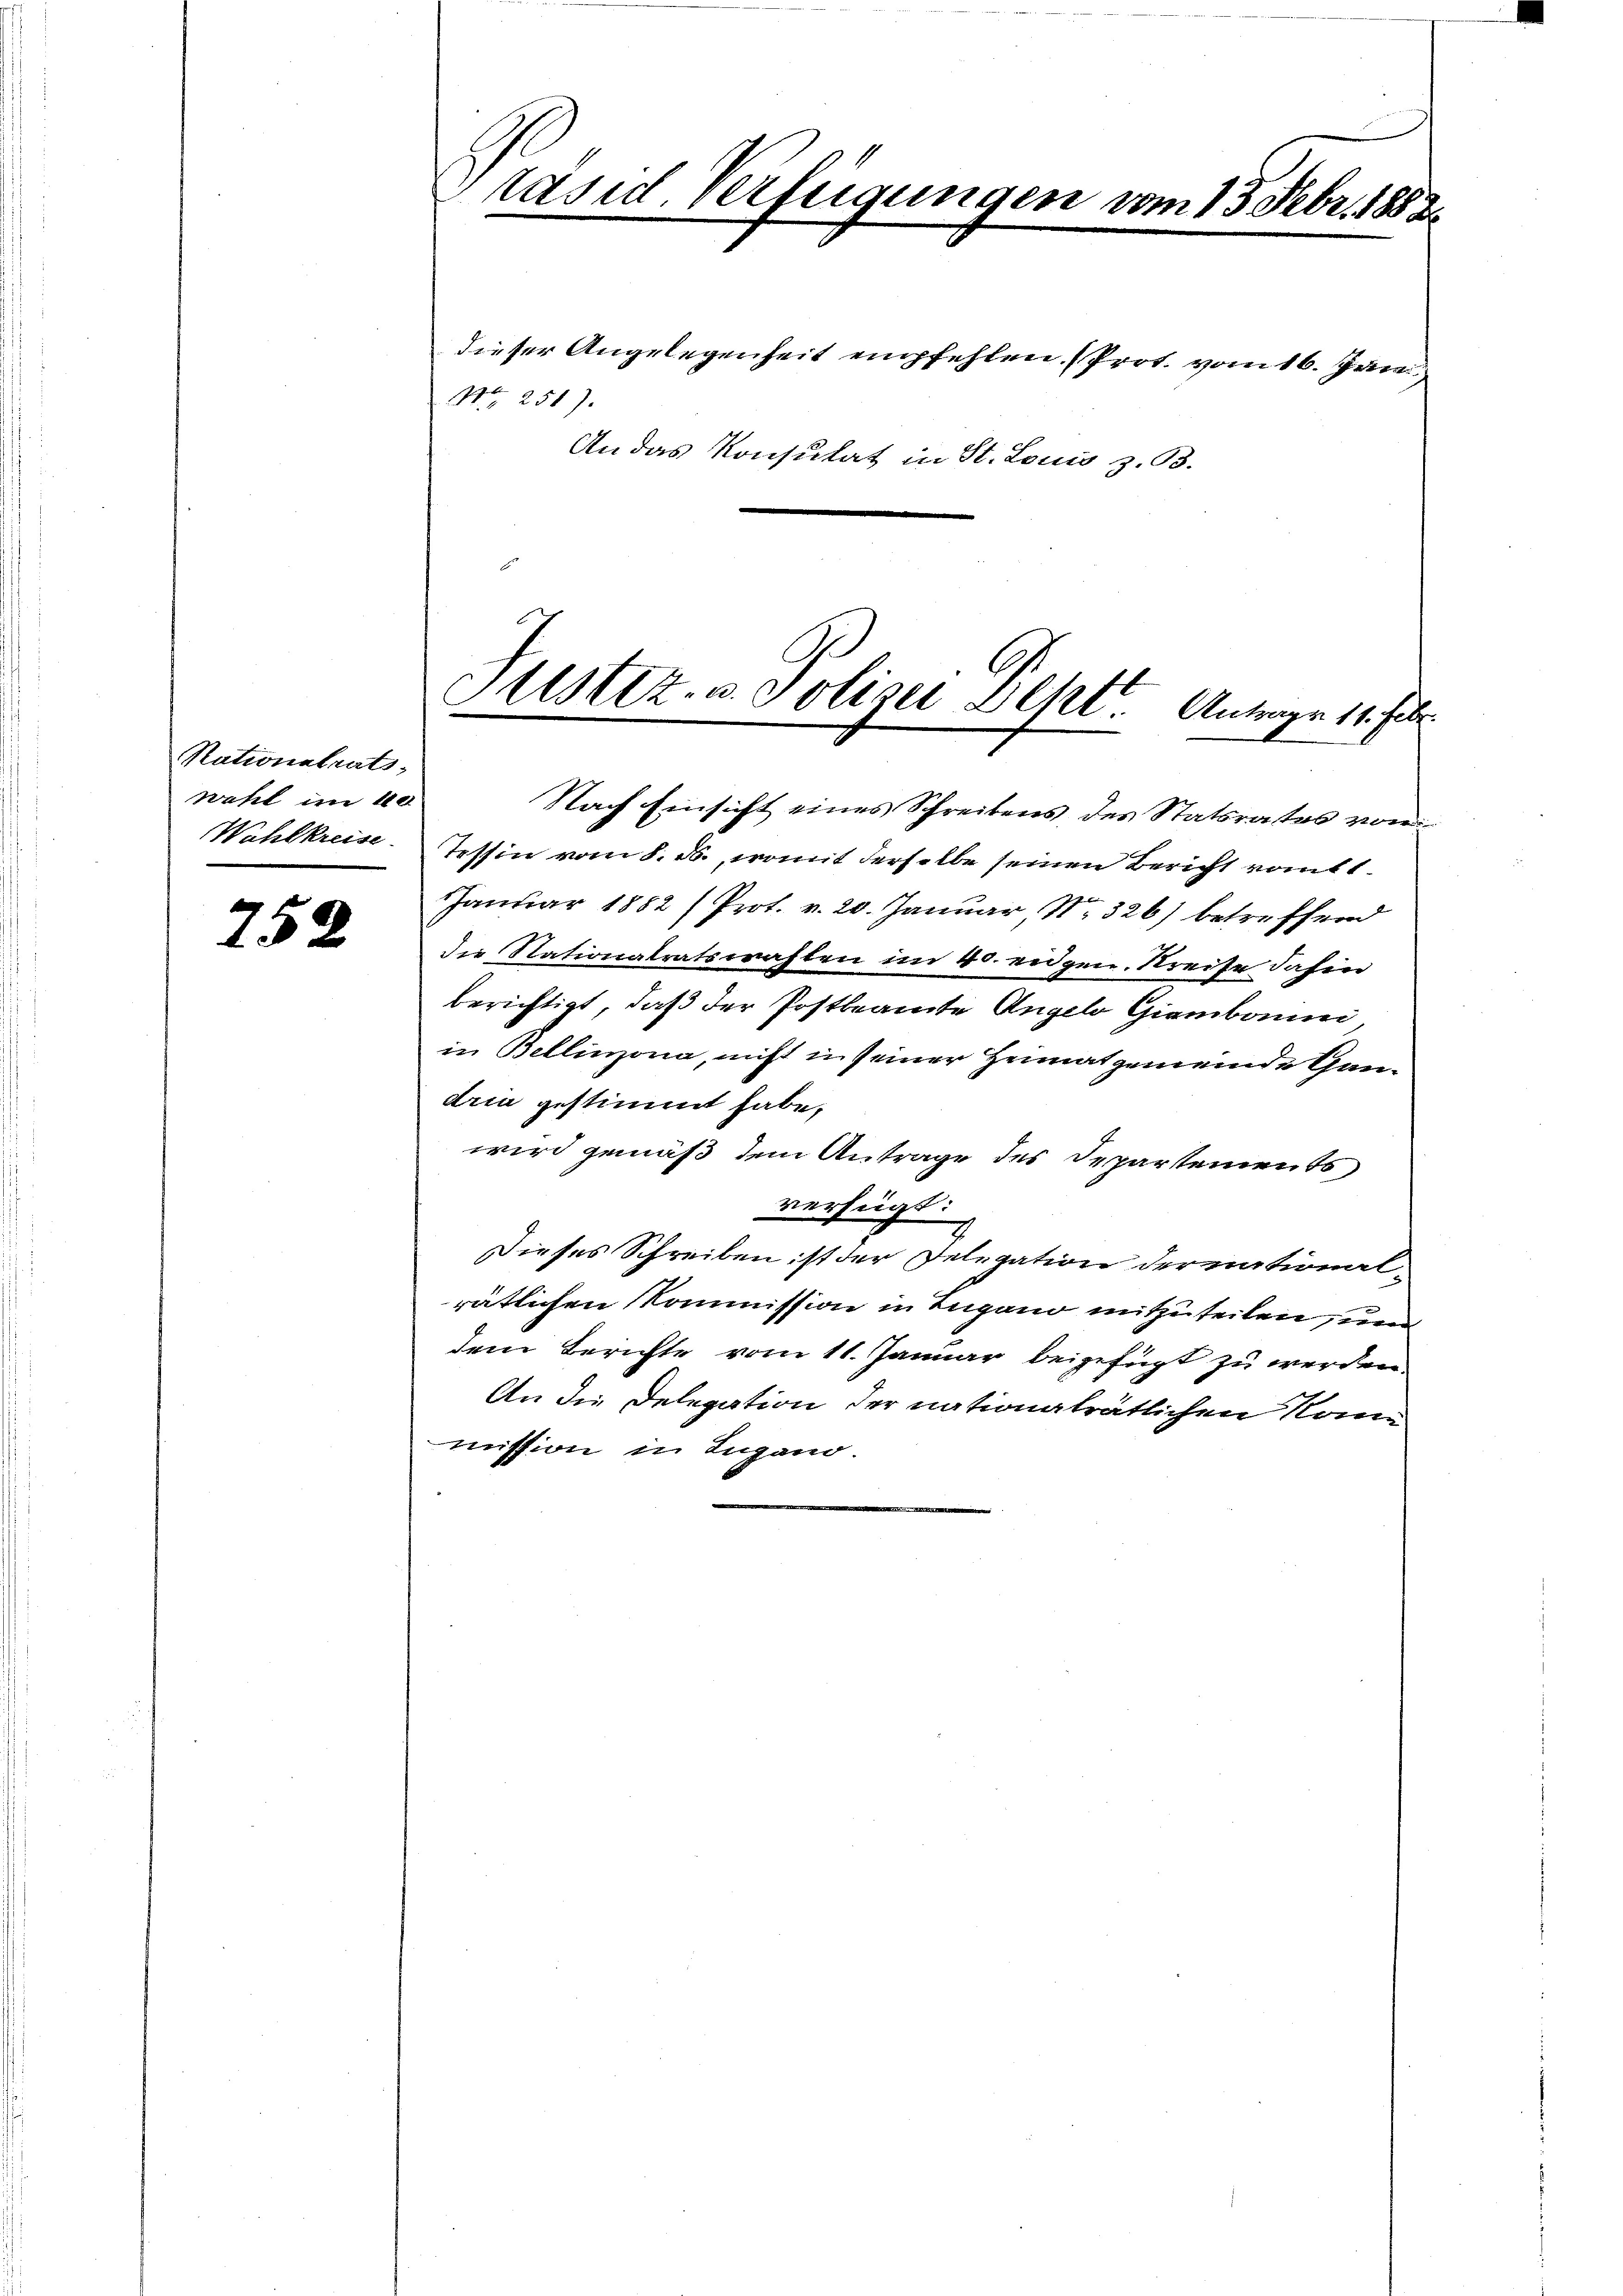
Nationstrats,
wahl im 40
Wahlkreise.

752

räsid. Verfügungen vom 13. Febr. 1882

Nr. 251).
An das Konsulat in St. Louis z. 93.

dieser Angelegenheit empfehlen. (Prot. vom 16. Jun

Astiz- u. Polizei geht. Antrage 11. Febr
.
Nach Einsicht eines Schreibens des Statsrates vom

Tessin vom 8. ds., womit derselbe seinen Bericht rout t
Januar 1882 (Prot. v. 20. Januar N. 326) betreffend
die Nationalratswahlen im 40. eidgen. Streife dahin
berichtigt, daß der Postbeamte Angelo Giembaum,
in Bellinzona, nicht in seiner Heimatgemeinde Gandria gestimmt habe,
wird gemäß dem Antrage des Departements
verfügt:
Dieses Schreiben ist der Delegation der national-
rätlichen Kommission in Lugano mitzuteilen, und
dem Berichte vom 11. Januar beigefügt zu werden.
An die Delegation der nationalrätlichen Rome
mission in Lugano.
.